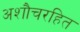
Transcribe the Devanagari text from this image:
अशौचरहित